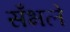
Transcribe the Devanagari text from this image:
सँभले